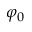
\varphi _ { 0 }